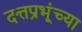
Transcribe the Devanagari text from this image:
दत्तप्रभूंच्या